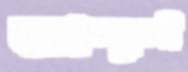
আন্দুলী